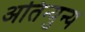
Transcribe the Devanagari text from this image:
अतिन्युन्य